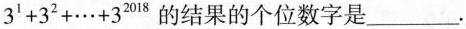
$$3^{1}+3^{2}+\cdots +3^{2018}$$的结果的个位数字是___.